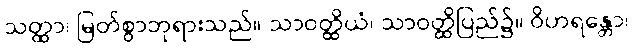
သတ္ထာ၊ မြတ်စွာဘုရားသည်။ သာဝတ္ထိယံ၊ သာဝတ္ထိပြည်၌။ ဝိဟရန္တော၊